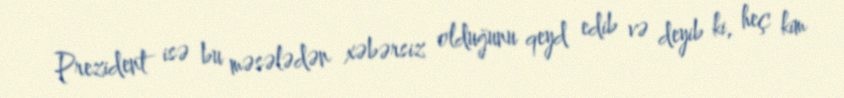
Prezident isə bu məsələdən xəbərsiz olduğunu qeyd edib və deyib ki, heç kim